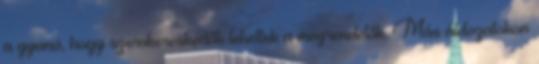
a gyanú, hogy szervkereskedők lehettek a megrendelők. Más áldozatokon